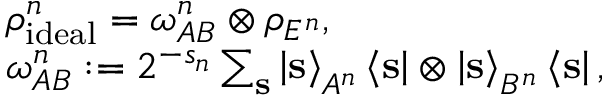
\begin{array} { r l } & { \rho _ { \mathrm { i d e a l } } ^ { n } = \omega _ { A B } ^ { n } \otimes \rho _ { E ^ { n } } , } \\ & { \omega _ { A B } ^ { n } : = 2 ^ { - s _ { n } } \sum _ { \mathbf { s } } \left\vert \mathbf { s } \right\rangle _ { A ^ { n } } \left\langle \mathbf { s } \right\vert \otimes \left\vert \mathbf { s } \right\rangle _ { B ^ { n } } \left\langle \mathbf { s } \right\vert , } \end{array}